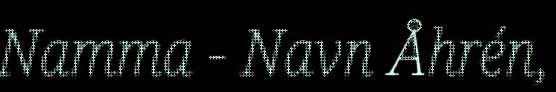
Namma - Navn Åhrén,